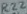
Text: R22